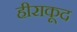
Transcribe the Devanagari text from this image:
हीराकूद